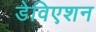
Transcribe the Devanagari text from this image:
डेविएशन